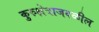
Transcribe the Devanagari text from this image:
कुरुक्षेत्राजवळील